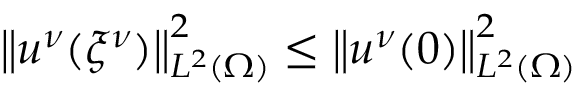
\left\lVert u ^ { \nu } ( { \xi ^ { \nu } } ) \right\rVert _ { L ^ { 2 } ( \Omega ) } ^ { 2 } \le \left\lVert u ^ { \nu } ( 0 ) \right\rVert _ { L ^ { 2 } ( \Omega ) } ^ { 2 }